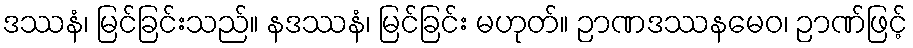
ဒဿနံ၊ မြင်ခြင်းသည်။ နဒဿနံ၊ မြင်ခြင်း မဟုတ်။ ဉာဏဒဿနမေဝ၊ ဉာဏ်ဖြင့်